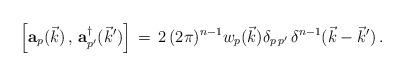
LaTeX: \begin{align*}\Big[ {\bf a}_p(\vec k )\,,\,{\bf a}^\dagger_{p^\prime}({\vec k}^\prime )\Big]\,=\, 2\, (2\pi)^{n-1} w_p(\vec k ) \delta_{p\, p^\prime}\,\delta^{n-1} (\vec k -{\vec k}^\prime )\,.\end{align*}